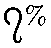
၇%